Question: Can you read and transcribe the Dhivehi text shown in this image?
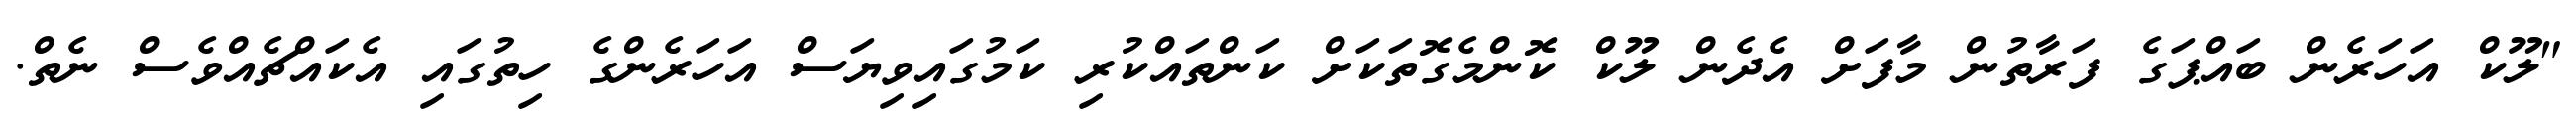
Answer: "ލޫކް އަހަރެން ބައްޕަގެ ފަރާތުން މާފަށް އެދެން ލޫކް ކޮންމެގޮތަކަށް ކަންތައްކުރި ކަމުގައިވިޔަސް އަހަރެންގެ ހިތުގައި އެކައްޗެއްވެސް ނެތް.